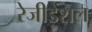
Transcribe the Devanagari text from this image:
रेजीडेंशल